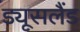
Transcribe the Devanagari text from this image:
ड्यूसलैंड